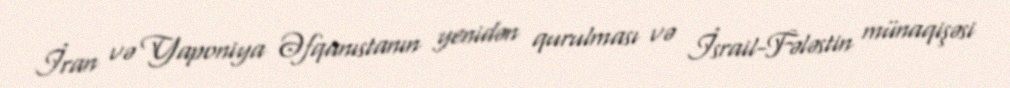
İran və Yaponiya Əfqanıstanın yenidən qurulması və İsrail-Fələstin münaqişəsi